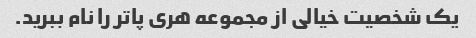
یک شخصیت خیالی از مجموعه هری پاتر را نام ببرید.